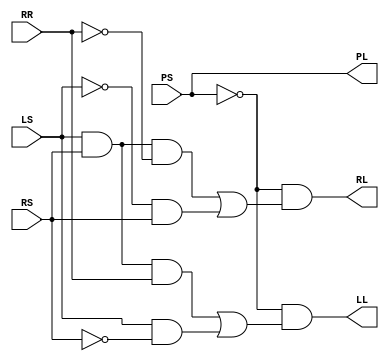
// Copyright (C) 1991-2010 Altera Corporation
// Your use of Altera Corporation's design tools, logic functions 
// and other software and tools, and its AMPP partner logic 
// functions, and any output files from any of the foregoing 
// (including device programming or simulation files), and any 
// associated documentation or information are expressly subject 
// to the terms and conditions of the Altera Program License 
// Subscription Agreement, Altera MegaCore Function License 
// Agreement, or other applicable license agreement, including, 
// without limitation, that your use is for the sole purpose of 
// programming logic devices manufactured by Altera and sold by 
// Altera or its authorized distributors.  Please refer to the 
// applicable agreement for further details.

// PROGRAM		"Quartus II"
// VERSION		"Version 10.0 Build 218 06/27/2010 SJ Web Edition"
// CREATED		"Fri Sep 27 16:35:26 2019"

module block1(
	PS,
	LS,
	RS,
	RR,
	PL,
	LL,
	RL
);


input wire	PS;
input wire	LS;
input wire	RS;
input wire	RR;
output wire	PL;
output wire	LL;
output wire	RL;

wire	SYNTHESIZED_WIRE_0;
wire	SYNTHESIZED_WIRE_1;
wire	SYNTHESIZED_WIRE_2;
wire	SYNTHESIZED_WIRE_3;
wire	SYNTHESIZED_WIRE_4;
wire	SYNTHESIZED_WIRE_5;
wire	SYNTHESIZED_WIRE_11;
wire	SYNTHESIZED_WIRE_7;
wire	SYNTHESIZED_WIRE_8;
wire	SYNTHESIZED_WIRE_10;

assign	PL = PS;



assign	SYNTHESIZED_WIRE_8 =  ~RS;

assign	SYNTHESIZED_WIRE_3 = LS & RS & SYNTHESIZED_WIRE_0;

assign	SYNTHESIZED_WIRE_10 = SYNTHESIZED_WIRE_1 | SYNTHESIZED_WIRE_2;

assign	SYNTHESIZED_WIRE_7 = SYNTHESIZED_WIRE_3 | SYNTHESIZED_WIRE_4;

assign	SYNTHESIZED_WIRE_4 = SYNTHESIZED_WIRE_5 & RS;

assign	RL = SYNTHESIZED_WIRE_11 & SYNTHESIZED_WIRE_7;

assign	SYNTHESIZED_WIRE_0 =  ~RR;

assign	SYNTHESIZED_WIRE_5 =  ~LS;

assign	SYNTHESIZED_WIRE_11 =  ~PS;

assign	SYNTHESIZED_WIRE_2 = LS & SYNTHESIZED_WIRE_8;

assign	LL = SYNTHESIZED_WIRE_11 & SYNTHESIZED_WIRE_10;

assign	SYNTHESIZED_WIRE_1 = LS & RS & RR;


endmodule